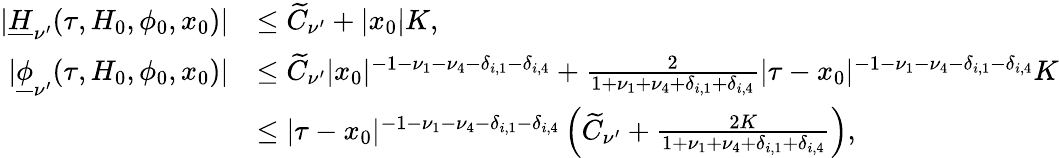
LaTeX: \begin{array}{rl}{\vert\underline{H}_{\nu^{\prime}}(\tau,H_{0},\phi_{0},x_{0})\vert}&{\le\widetilde C_{\mathbf\nu^{\prime}}+\vert x_{0}\vert K,}\\ {\vert\underline{\phi}_{\nu^{\prime}}(\tau,H_{0},\phi_{0},x_{0})\vert}&{\le\widetilde C_{\mathbf\nu^{\prime}}\vert x_{0}\vert^{-1-\nu_{1}-\nu_{4}-\delta_{i,1}-\delta_{i,4}}+\frac{2}{1+\nu_{1}+\nu_{4}+\delta_{i,1}+\delta_{i,4}}\vert\tau-x_{0}\vert^{-1-\nu_{1}-\nu_{4}-\delta_{i,1}-\delta_{i,4}}K}\\ &{\le\vert\tau-x_{0}\vert^{-1-\nu_{1}-\nu_{4}-\delta_{i,1}-\delta_{i,4}}\left(\widetilde C_{\mathbf\nu^{\prime}}+\frac{2K}{1+\nu_{1}+\nu_{4}+\delta_{i,1}+\delta_{i,4}}\right),}\end{array}